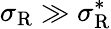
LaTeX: \sigma_{\mathrm{{R}}}\gg\sigma_{\mathrm{{R}}}^{*}